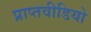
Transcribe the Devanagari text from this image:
प्राप्तवीडियो